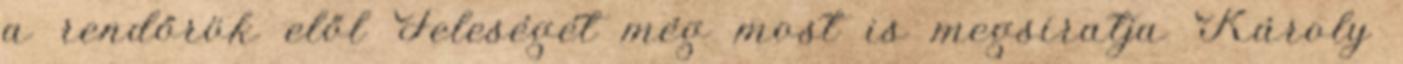
a rendőrök elől Feleségét még most is megsiratja Károly